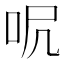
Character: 𠰾